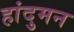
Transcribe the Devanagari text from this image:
हांदुमन